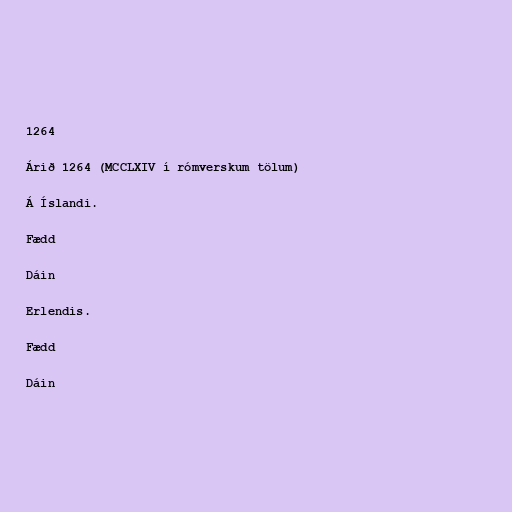
1264

Árið 1264 (MCCLXIV í rómverskum tölum)

Á Íslandi.

Fædd

Dáin

Erlendis.

Fædd

Dáin